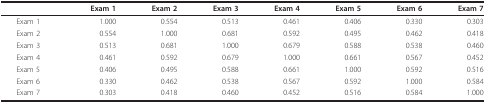
|  | Exam 1 | Exam 2 | Exam 3 | Exam 4 | Exam 5 | Exam 6 | Exam 7 |
 | --- | --- | --- | --- | --- | --- | --- | --- |
 | Exam 1 | 1.000 | 0.554 | 0.513 | 0.461 | 0.406 | 0.330 | 0.303 |
 | Exam 2 | 0.554 | 1.000 | 0.681 | 0.592 | 0.495 | 0.462 | 0.418 |
 | Exam 3 | 0.513 | 0.681 | 1.000 | 0.679 | 0.588 | 0.538 | 0.460 |
 | Exam 4 | 0.461 | 0.592 | 0.679 | 1.000 | 0.661 | 0.567 | 0.452 |
 | Exam 5 | 0.406 | 0.495 | 0.588 | 0.661 | 1.000 | 0.592 | 0.516 |
 | Exam 6 | 0.330 | 0.462 | 0.538 | 0.567 | 0.592 | 1.000 | 0.584 |
 | Exam 7 | 0.303 | 0.418 | 0.460 | 0.452 | 0.516 | 0.584 | 1.000 |